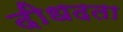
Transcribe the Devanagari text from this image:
दीधदता